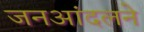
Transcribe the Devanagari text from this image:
जनआंदलने